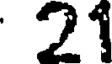
21